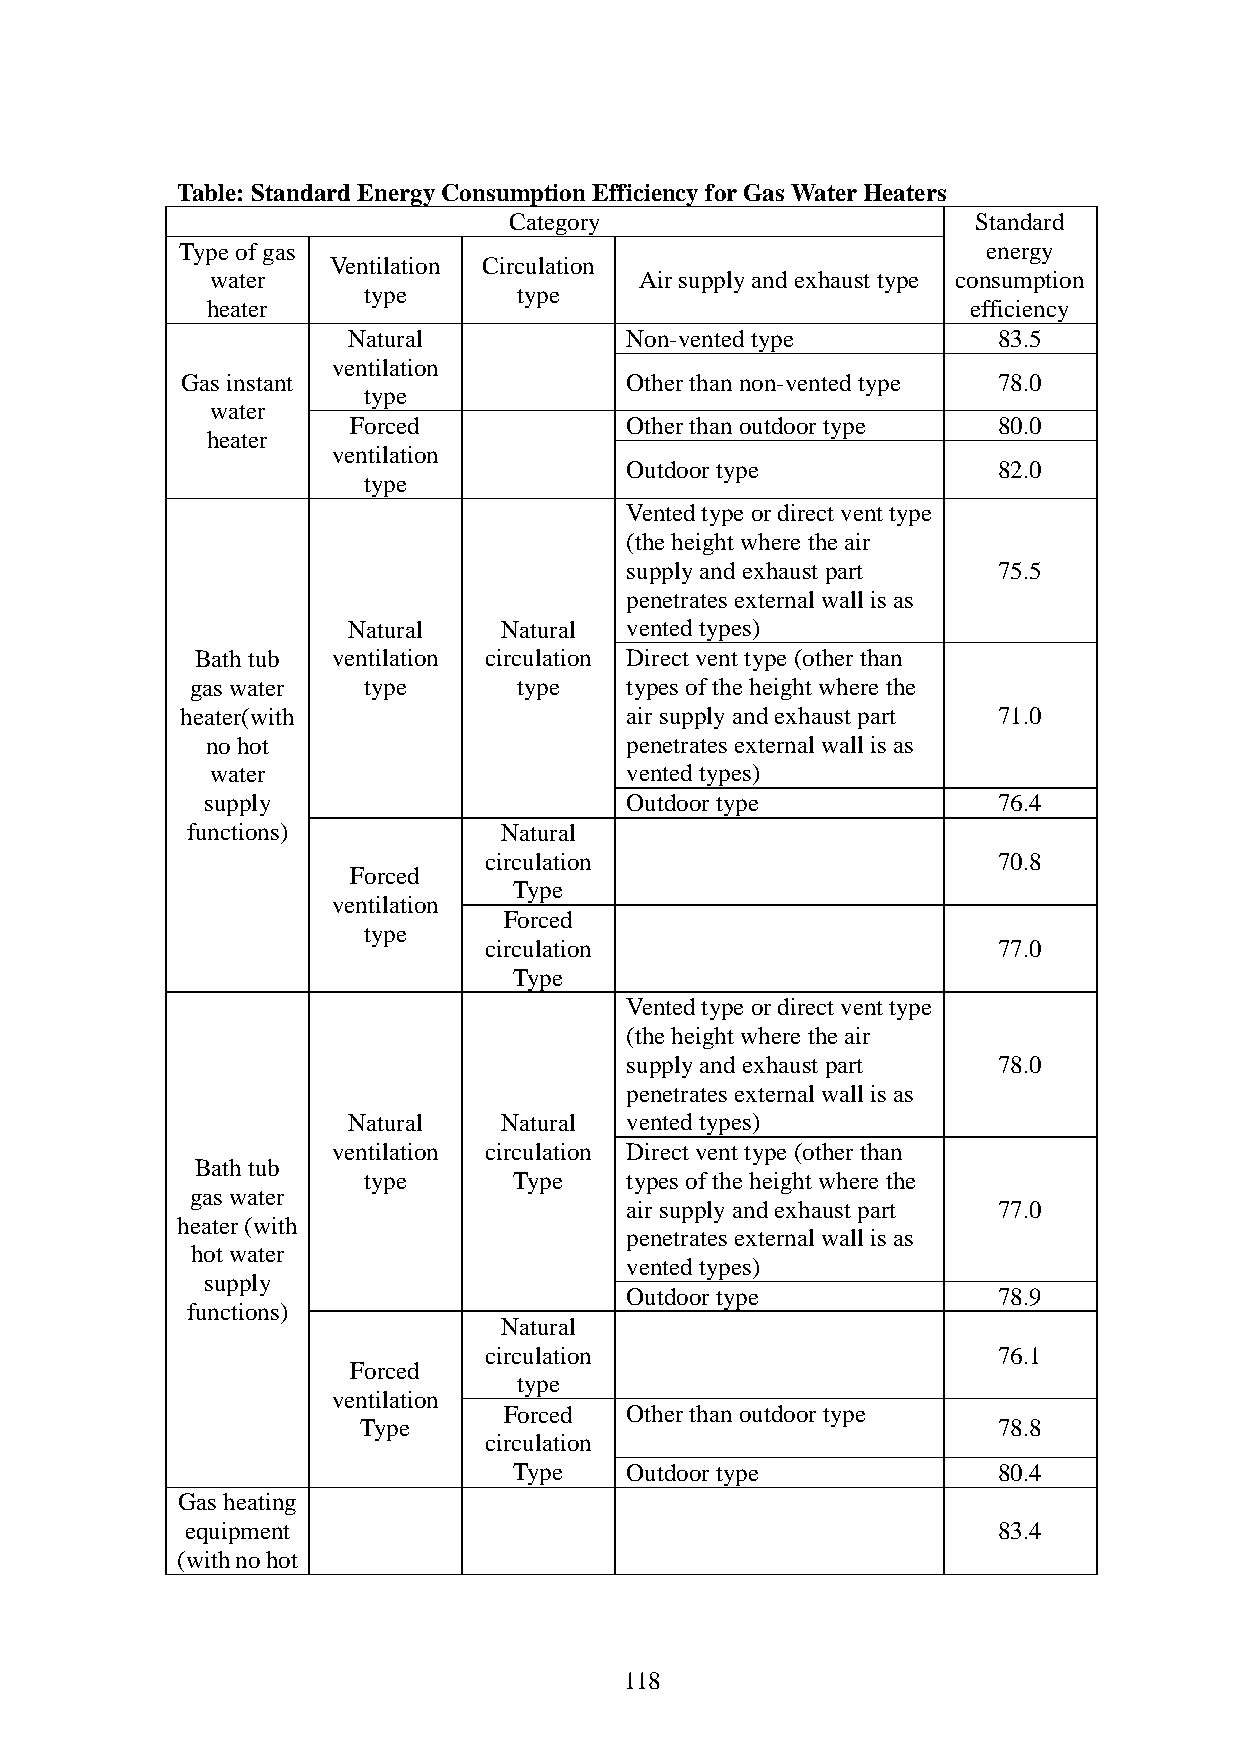
Table: Standard Energy Consumption Efficiency for Gas Water Heaters
 Category                       Standard
 Type of gas                                          energy
 Ventilation Circulation
 water                       Air supply and exhaust type consumption
 type      type
 heater                                            efficiency
 Natural           Non-vented type          83.5
 ventilation
 Gas instant                  Other than non-vented type 78.0
 type
 water
 Forced            Other than outdoor type  80.0
 heater
 ventilation
 Outdoor type             82.0
 type
 Vented type or direct vent type
 (the height where the air
 supply and exhaust part  75.5
 penetrates external wall is as
 Natural   Natural vented types)
 Bath tub ventilation circulation Direct vent type (other than
 gas water  type      type   types of the height where the
 heater(with                  air supply and exhaust part 71.0
 no hot                     penetrates external wall is as
 water                      vented types)
 supply                     Outdoor type             76.4
 functions)           Natural
 circulation                       70.8
 Forced
 Type
 ventilation
 Forced
 type
 circulation                       77.0
 Type
 Vented type or direct vent type
 (the height where the air
 supply and exhaust part  78.0
 penetrates external wall is as
 Natural   Natural vented types)
 ventilation circulation Direct vent type (other than
 Bath tub
 type      Type   types of the height where the
 gas water
 air supply and exhaust part 77.0
 heater (with
 penetrates external wall is as
 hot water
 vented types)
 supply
 Outdoor type             78.9
 functions)
 Natural
 circulation                       76.1
 Forced
 type
 ventilation
 Forced  Other than outdoor type
 Type                                      78.8
 circulation
 Type   Outdoor type             80.4
 Gas heating
 equipment                                             83.4
 (with no hot
 118